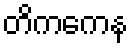
တိကကေန